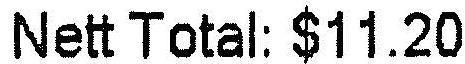
NETT TOTAL: $11.20